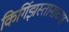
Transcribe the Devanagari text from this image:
किर्गिझस्तानाच्या